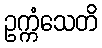
ဥက္ကံသေတိ